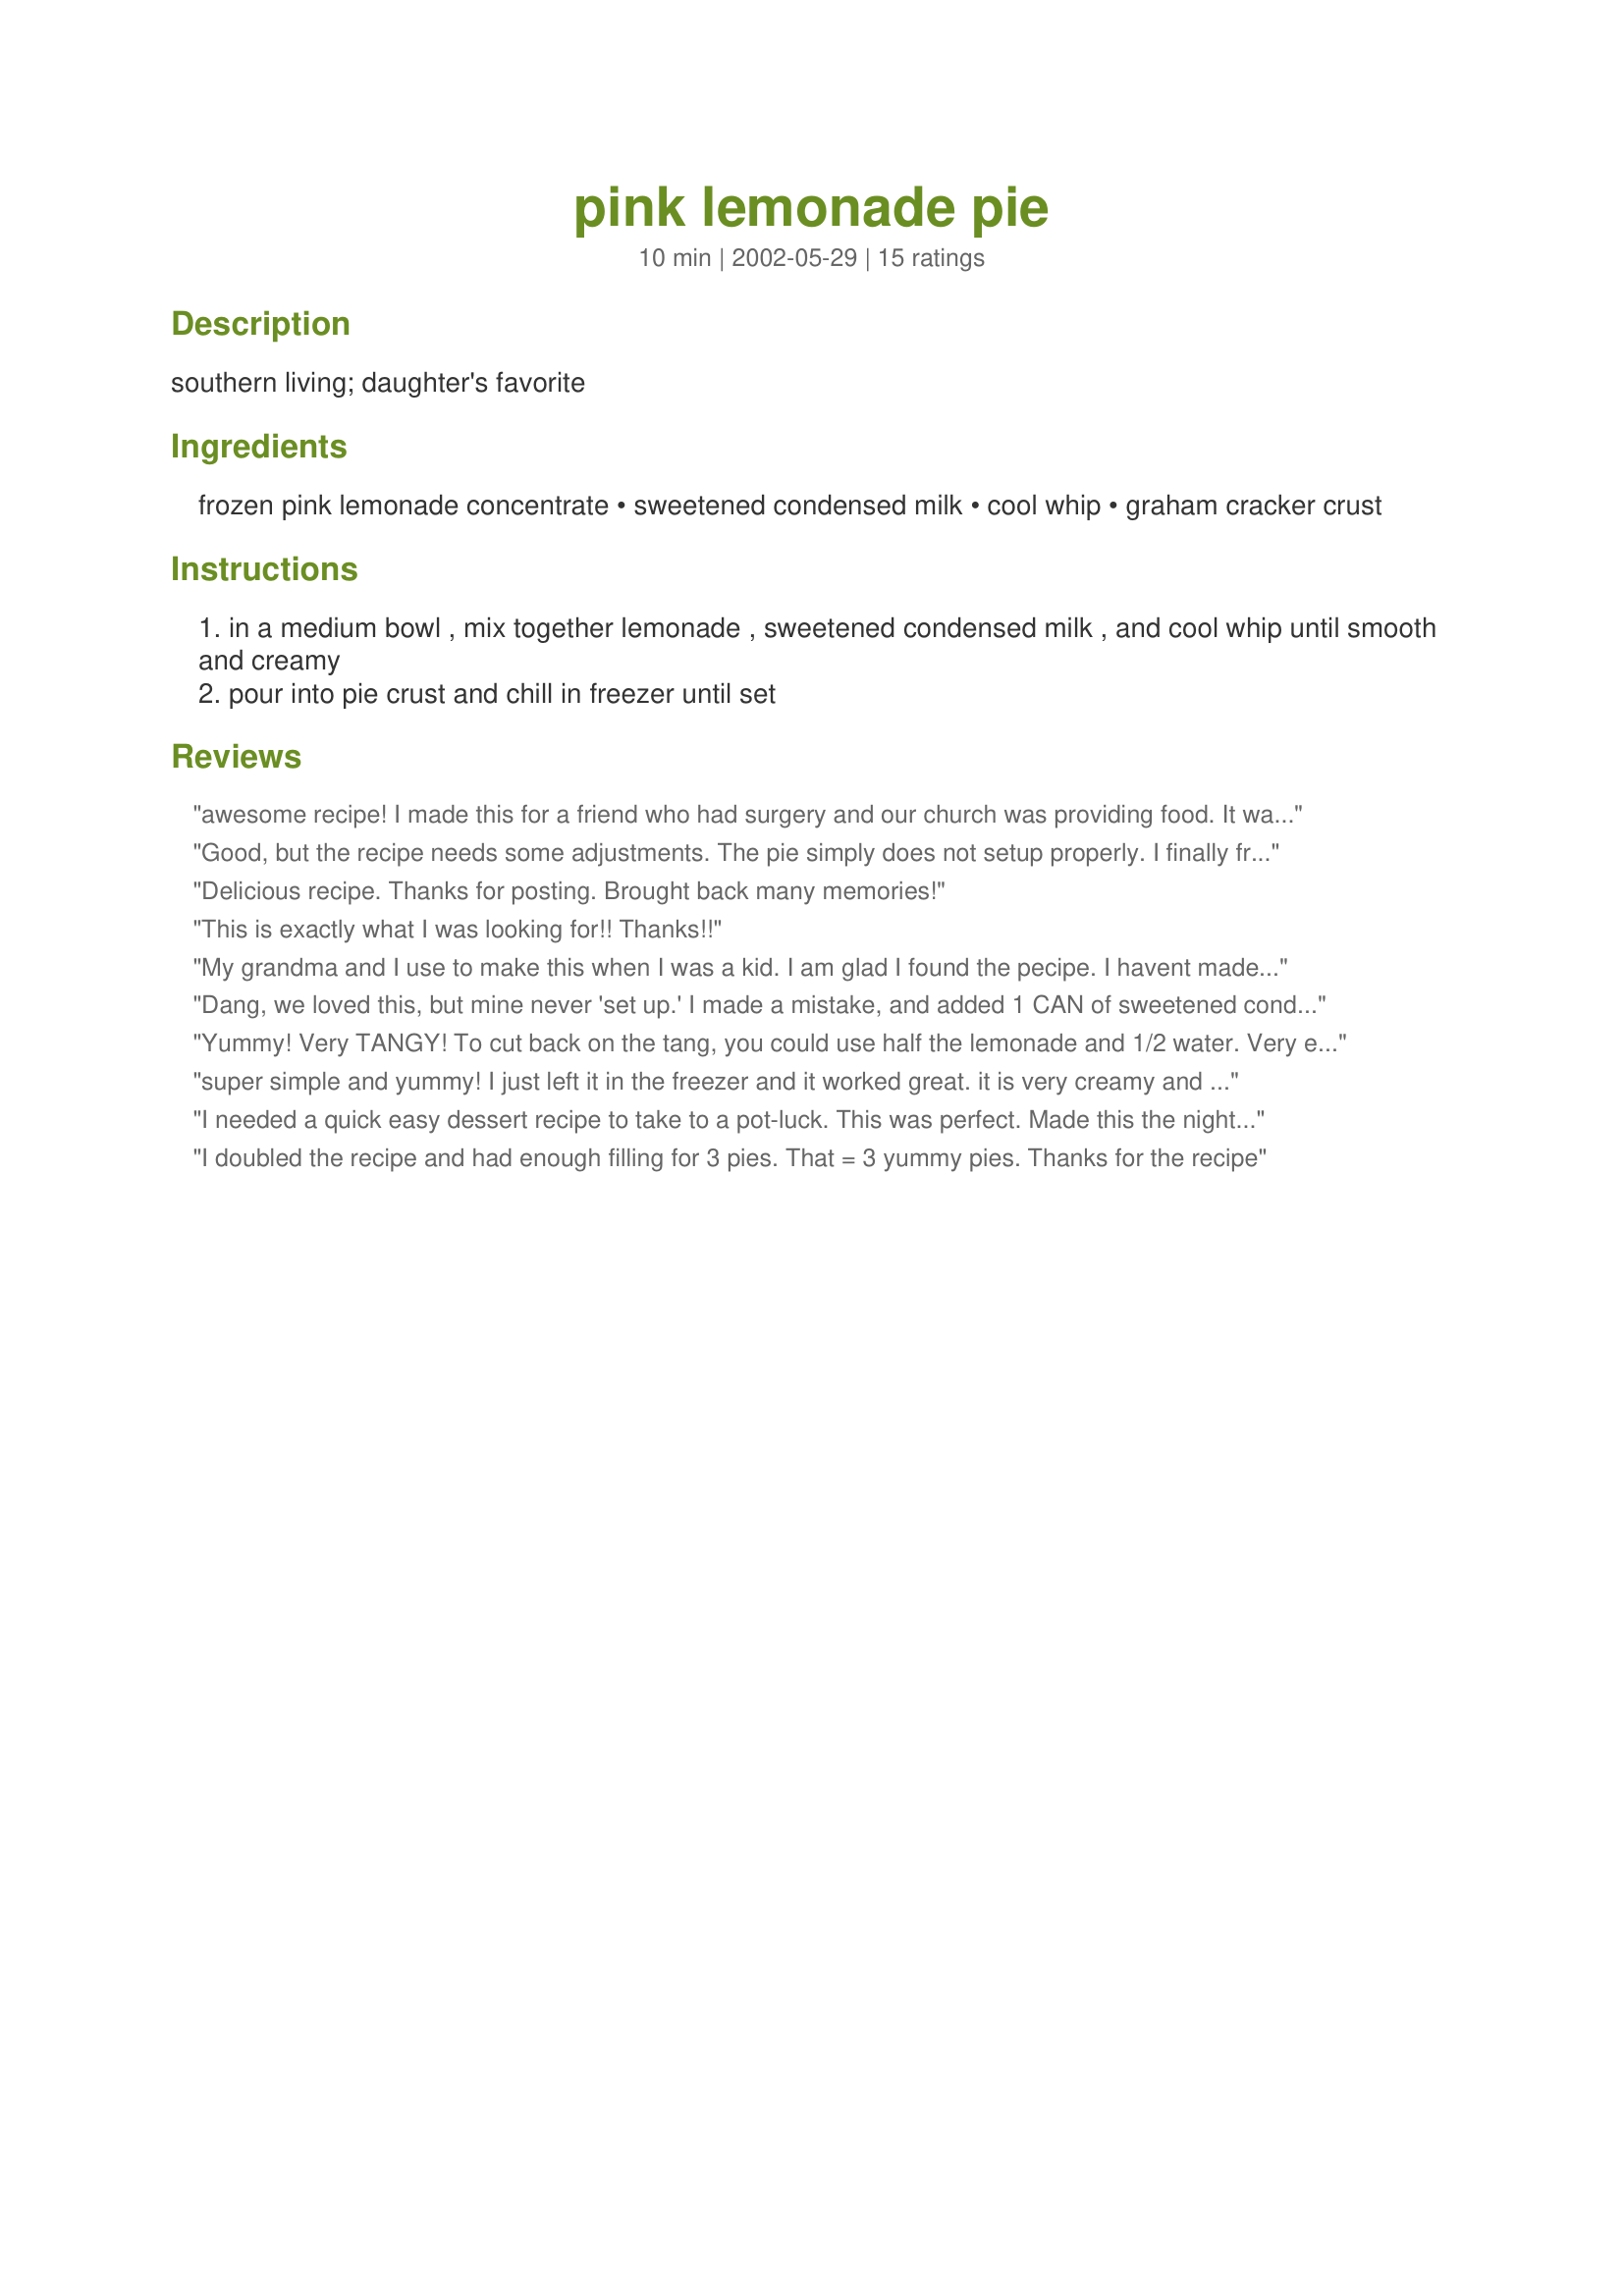
pink lemonade pie
Preparation time: 10 minutes

southern living; daughter's favorite

Ingredients:
frozen pink lemonade concentrate, sweetened condensed milk, cool whip, graham cracker crust

Steps:
in a medium bowl , mix together lemonade , sweetened condensed milk , and cool whip until smooth and creamy
pour into pie crust and chill in freezer until set

Reviews:
awesome recipe! I made this for a friend who had surgery and our church was providing food. It was a little pale so added 1 small box of sugar free raspberry jello mix. Really made it pink! But didn't change the flavor that much. Thanks so much for this quick and easy yet delicious pie!
Good, but the recipe needs some adjustments. The pie simply does not setup properly. I finally froze my pie. It resulted in a creamy, rich, sweet and tart dessert that held it's shape on the plate. I also added a few drops of red food coloring in order to develop a more appealing pink shade for the cake. Next time, I may elimate the sweetened condensed milk and use blended cream cheese and powdered sugar. Or...a small cafe that I know makes a layered lemon cream pie...this recipe may give me the basis to attempt my own creation of that. The idea is good, it just needs some work.
Delicious recipe. Thanks for posting. Brought back many memories!
This is exactly what I was looking for!! Thanks!!
My grandma and I use to make this when I was a kid. I am glad I found the pecipe. I havent made it in sooo long, I was not sure if I was missing anything.
Dang, we loved this, but mine never 'set up.' I made a mistake, and added 1 CAN of sweetened condensed milk, not 1 CUP. I'm sure that was the problem. The consistency (or lack thereof) didn't take away one bit, from the creamy texture, and the tart and tangy taste! I will make this again, and FOLLOW THE DIRECTIONS, as written. Thanks for sharing, ratherbeswimmin'!
Yummy! Very TANGY! To cut back on the tang, you could use half the lemonade and 1/2 water. Very easy to do and it seems like you've cooked all day. Thanks for a real keeper for summer BBQ or poolside. Of course, you'll have to eat this quickly---before it melts!
super simple and yummy! I just left it in the freezer and it worked great. it is very creamy and tart and sweet all at the same time. thanks!
I needed a quick easy dessert recipe to take to a pot-luck. This was perfect. Made this the night before. Put it together in 10 minutes, if that. Tasted cool, lemon-y and creamy. The color was beautiful too. Perfect pot-luck dessert. Thanks again Nurse Di.
I doubled the recipe and had enough filling for 3 pies. That = 3 yummy pies. Thanks for the recipe
Quick and easy. I took it out of the freezer about 30 minutes before serving. Made for Breast Cancer Tag.
I've used this recipe with frozen strawberry margarita mix, frozen pina colada mix and frozen Apple Martini mix. All of them came out wonderful, and people said they had never tasted anything quite like it. Experiment and Enjoy the compliments!
For a real treat, grapefruit lovers substitute frozen grapefruit juice for frozen lemonade
This is the best!!!
I have a recipe similar to this except the pink lemonade concentrate is mixed with a 1/2 gallon of softened vanilla ice cream instead of cool whip and sweetened condense milk. It was then frozen to set up.
